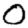
Digit: 0